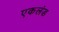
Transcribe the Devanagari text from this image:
एकलंड